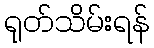
ရုတ်သိမ်းရန်